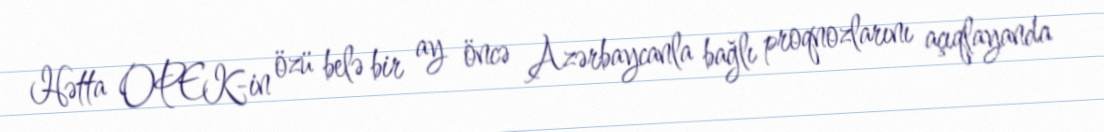
Hətta OPEK-in özü belə bir ay öncə Azərbaycanla bağlı proqnozlarını açıqlayanda